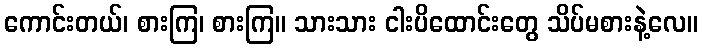
ကောင်းတယ်၊ စားကြ၊ စားကြ။ သားသား ငါးပိထောင်းတွေ သိပ်မစားနဲ့လေ။